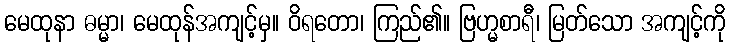
မေထုနာ ဓမ္မာ၊ မေထုန်အကျင့်မှ။ ဝိရတော၊ ကြည်၏။ ဗြဟ္မစာရီ၊ မြတ်သော အကျင့်ကို